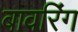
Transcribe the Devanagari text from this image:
बावरिंग